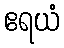
ဧရယံ